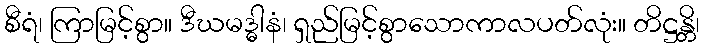
စီရံ၊ ကြာမြင့်စွာ။ ဒီဃမဒ္ဓါနံ၊ ရှည်မြင့်စွာသောကာလပတ်လုံး။ တိဋ္ဌန္တိ၊